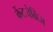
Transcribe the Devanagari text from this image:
क्रेंटजेब्रिज